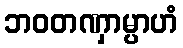
ဘဝတဏှာမ္ပာဟံ